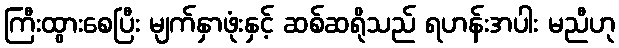
ကြီးထွားစေပြီး မျက်နှာဖုံးနှင့် ဆစ်ဆရိုသည် ရဟန်းအပါး မညီဟု